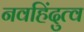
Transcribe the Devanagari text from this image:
नवहिंदुत्व